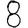
Digit: 8